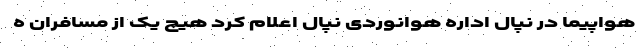
هواپیما در نپال اداره هوانوردی نپال اعلام کرد هیچ یک از مسافران ه